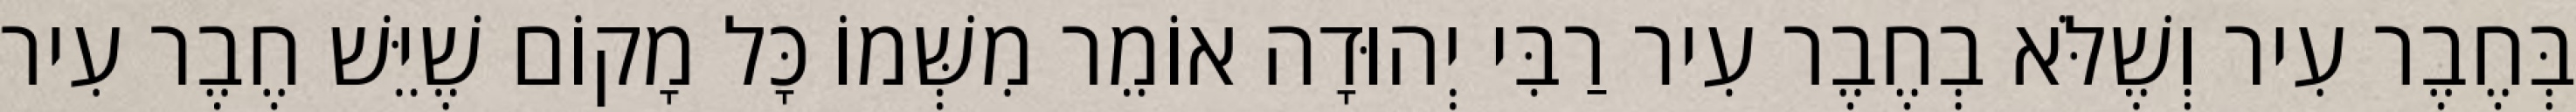
בְּחֶבֶר עִיר וְשֶׁלֹּא בְחֶבֶר עִיר רַבִּי יְהוּדָה אוֹמֵר מִשְּׁמוֹ כָּל מָקוֹם שֶׁיֵּשׁ חֶבֶר עִיר